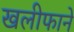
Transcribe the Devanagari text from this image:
खलीफाने